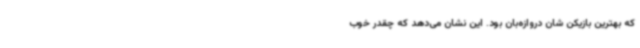
که بهترین بازیکن شان دروازه‌بان بود. این نشان می‌دهد که چقدر خوب